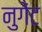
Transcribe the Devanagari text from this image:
नुगेंट